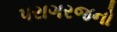
પરાગરજનો